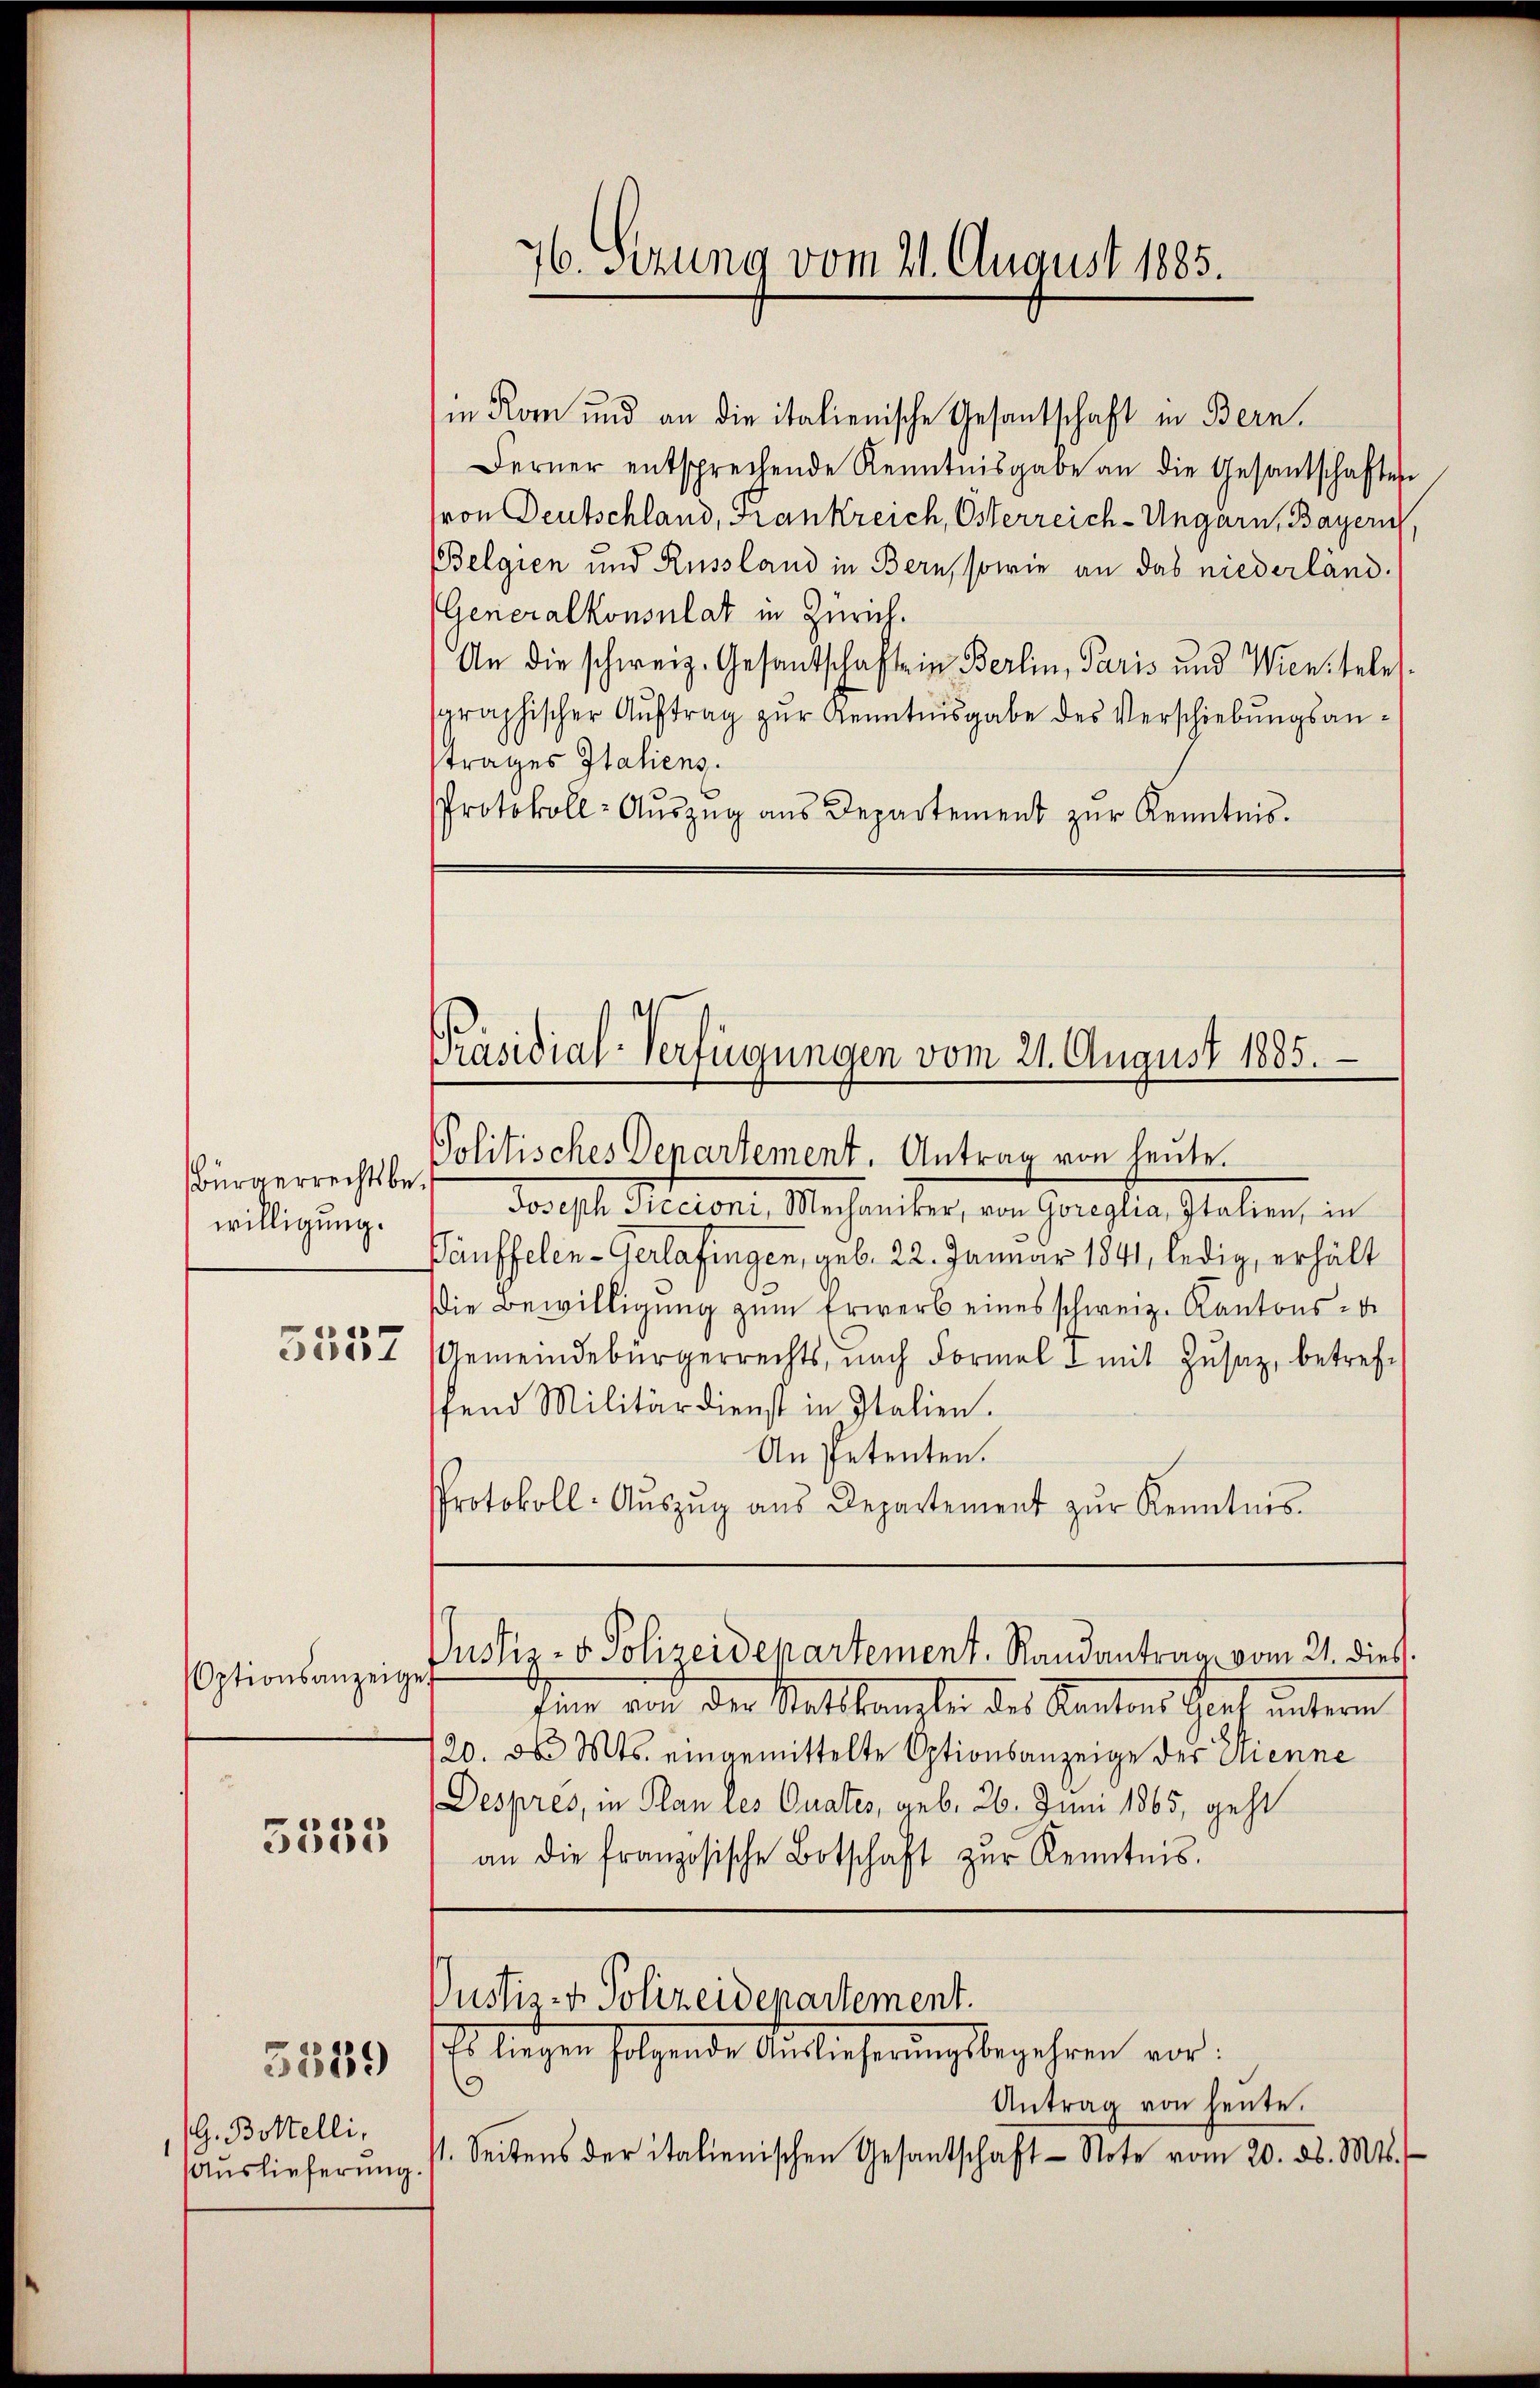
Bürgerrechtsbe
willigung.

5537

Optionsanzeiget

5335

G. Bittelli,
Auslieferung.

3839

in Korn und an die italienische Gesantschaft in Bern.
Ferner entsprechende Kenntnisgabe an die Gesandschaften
von Deutschland, Frankreich, Osterreich-Ungarn, Bayern,
Belgien und Russland in Bern, sowie an das niederländ.
(Generalkonsulat in Zürich.
An die schweiz. Gesandschafte in Berlin, Paris und Wien telet
graphischer Aŭftrag zŭr Kenntnisgabe des Verschiebŭngsan-
strages Italiens.
Protokoll- Aŭszŭg ans Departement zŭr Kenntnis.

76. Sezung vom 21. August 1885.

Präsidial-Verfügungen vom 21. August 1885.
Politisches Departement. Antrag von heute.

Joseph Siccioni, Mechaniker, von Goreglia, Italien, in
Päuffelen-Gerlafingen, geb. 22. Januar 1841, ledig, erhält
Die Bewilligŭng zŭm Erwerb eines schweiz. Kantons-
Gemeindebürgerrechts, nach Formel & mit Zusaz, betreffend Militärdienst in Italien.
An Petenten.
Protokoll-Aŭszŭg aŭs Departement zŭr Kenntnis-

sine von der Sattlangte des Kantons Graf unterm
120. d. Mts. eingemittelte Optionsanzeige der Wienne
Despres, in Plan les Quates, geb. 26. Juni 1865, geht
an die französische Botschaft zŭr Kenntnis.

Justiz- & Polizeidepartement. Randantrag vom 21. dies

Justiz- & Polizeidepartement.
Es liegen folgende Auslieferungsbegehren vor:
9

Antrag von heute.
1. Seitens der italienischen Gesantschaft Note vom 20. d. Mts.